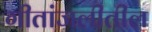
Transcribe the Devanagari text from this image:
गीतांजलीतील